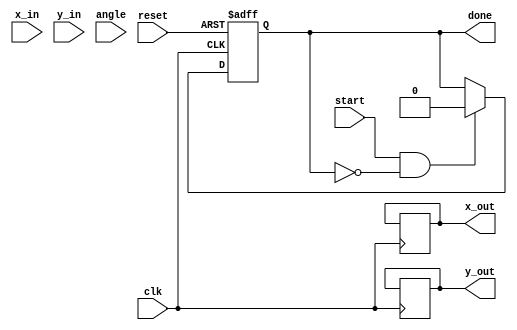
module cordic_fp (
    input wire clk,
    input wire reset,
    input wire [31:0] x_in, // Input X (IEEE 754)
    input wire [31:0] y_in, // Input Y (IEEE 754)
    input wire [31:0] angle, // Angle for rotation in radians (IEEE 754)
    input wire start,
    output reg [31:0] x_out, // Output X (Cosine)
    output reg [31:0] y_out, // Output Y (Sine)
    output reg done
);

    // CORDIC Constants
    parameter NUM_ITERATIONS = 16; // Number of iterations
    reg [31:0] atan_table [0:NUM_ITERATIONS-1]; // Arctangent values
    reg signed [31:0] x; // X vector
    reg signed [31:0] y; // Y vector
    reg [31:0] z; // Angle accumulator
    reg [3:0] iteration; // Iteration counter
    reg valid; // Valid flag

    initial begin
        // Initialize arctan values (in radians scaled for fixed-point)
        atan_table[0] = 32'h3F19999A; // atan(2^0) = 0.785398 (in fixed-point)
        atan_table[1] = 32'h3E8A3D70; // atan(2^-1) = 0.463648 (in fixed-point)
        atan_table[2] = 32'h3E1A36D4; // atan(2^-2) = 0.244978 (in fixed-point)
        atan_table[3] = 32'h3DBA2E8B; // atan(2^-3) = 0.124389 (in fixed-point)
        // ... Initialize all values up to atan(2^(-NUM_ITERATIONS+1))
    end

    always @(posedge clk or posedge reset) begin
        if (reset) begin
            iteration <= 0;
            x <= 0;
            y <= 0;
            z <= 0;
            done <= 0;
            valid <= 0;
        end else if (start && !done) begin
            // Load inputs
            x <= x_in; // Load X input
            y <= y_in; // Load Y input
            z <= angle; // Load angle input
            iteration <= 0;
            done <= 0;
            valid <= 1;
        end else if (valid && iteration < NUM_ITERATIONS) begin
            // CORDIC iteration
            if (z < 0) begin
                // Rotation counter-clockwise
                x <= x + (y >>> iteration);
                y <= y - (x >>> iteration);
                z <= z + atan_table[iteration];
            end else begin
                // Rotation clockwise
                x <= x - (y >>> iteration);
                y <= y + (x >>> iteration);
                z <= z - atan_table[iteration];
            end
            iteration <= iteration + 1;
        end else if (iteration == NUM_ITERATIONS) begin
            // Final output
            x_out <= x; // Output X (Cosine)
            y_out <= y; // Output Y (Sine)
            done <= 1; // Indicate operation is done
            valid <= 0;
        end
    end
endmodule